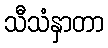
သီသံနှာတာ